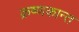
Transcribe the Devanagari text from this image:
क्रष्णकान्त